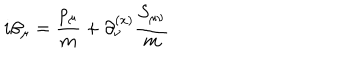
LaTeX: i \beta _ { \mu } = { \frac { p _ { \mu } } { m } } + \partial _ { \nu } ^ { ( x ) } { { \frac { S _ { \mu \nu } } { m } } }